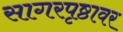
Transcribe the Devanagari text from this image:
सागरपृष्ठावर